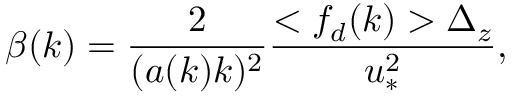
\beta ( k ) = \frac { 2 } { ( a ( k ) k ) ^ { 2 } } \frac { < f _ { d } ( k ) > \Delta _ { z } } { u _ { * } ^ { 2 } } ,